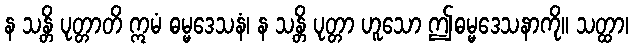
န သန္တိ ပုတ္တာတိ ဣမံ ဓမ္မဒေသနံ၊ န သန္တိ ပုတ္တာ ဟူသော ဤဓမ္မဒေသနာကို။ သတ္ထာ၊